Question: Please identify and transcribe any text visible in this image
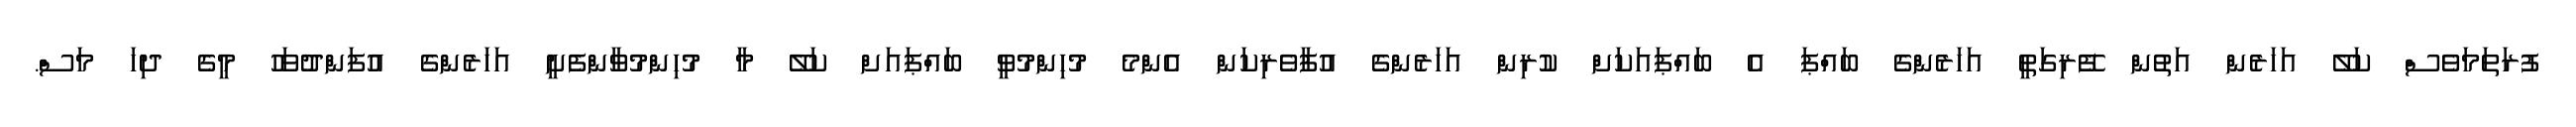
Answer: ފުރަތަމަވެސް ކަލޭ އަހަރެން އަތުން ފޭރިގަތީ އަހަރެންގެ ބައްޕަ އެ ބައްޕައަކަށް ކުރިން އަހަރެންގެ އުފާވެރިކަން އެންމެ މުހިންމުވީ ބައްޕައަށް ކަލޭ މާ މުހިންމުވާންފެށީ އަހަރެންގެ އުފަންދުވަހު މީގެ ދިހަ މަސް.